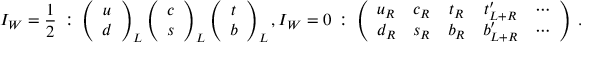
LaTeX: { I _ { W } } = { \frac { 1 } { 2 } } \: : \: \left( \begin{array} { c } { { u } } \\ { { d } } \end{array} \right) _ { L } \left( \begin{array} { c } { { c } } \\ { { s } } \end{array} \right) _ { L } \left( \begin{array} { c } { { t } } \\ { { b } } \end{array} \right) _ { L } , I _ { W } = 0 \: : \: \left( \begin{array} { c c c c c } { { u _ { R } } } & { { c _ { R } } } & { { t _ { R } } } & { { t _ { L + R } ^ { \prime } } } & { { \cdots } } \\ { { d _ { R } } } & { { s _ { R } } } & { { b _ { R } } } & { { b _ { L + R } ^ { \prime } } } & { { \cdots } } \end{array} \right) \: .